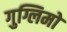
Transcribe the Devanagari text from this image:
गुग्लिमो